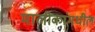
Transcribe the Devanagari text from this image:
मालीकांमधील